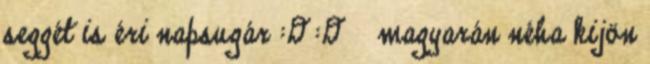
seggét is éri napsugár :D :D magyarán néha kijön